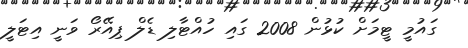
ގައުމީ ޓީމަށް ކުޅުން 2008 ގައި ހުއްޓާލި ޑެލް ޕިއޭރޯ ވަނީ އިޓަލީ